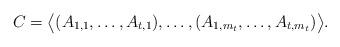
LaTeX: \begin{align*} C=\big\langle(A_{1,1},\ldots,A_{t,1}),\ldots, (A_{1,m_t},\ldots,A_{t,m_t})\big\rangle. \end{align*}